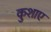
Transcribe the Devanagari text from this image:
कुशाए